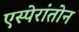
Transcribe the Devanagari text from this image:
एस्पेरांतोन